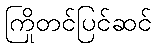
ကြိုတင်ပြင်ဆင်